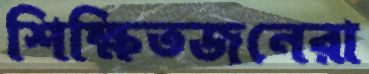
শিক্ষিতজনেরা